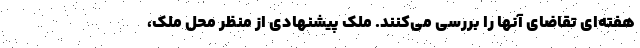
هفته‌ای تقاضای آنها را بررسی می‌کنند. ملک پیشنهادی از منظر محل ملک،